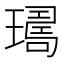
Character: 𤩈